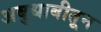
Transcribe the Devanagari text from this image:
अबुधाबीतून